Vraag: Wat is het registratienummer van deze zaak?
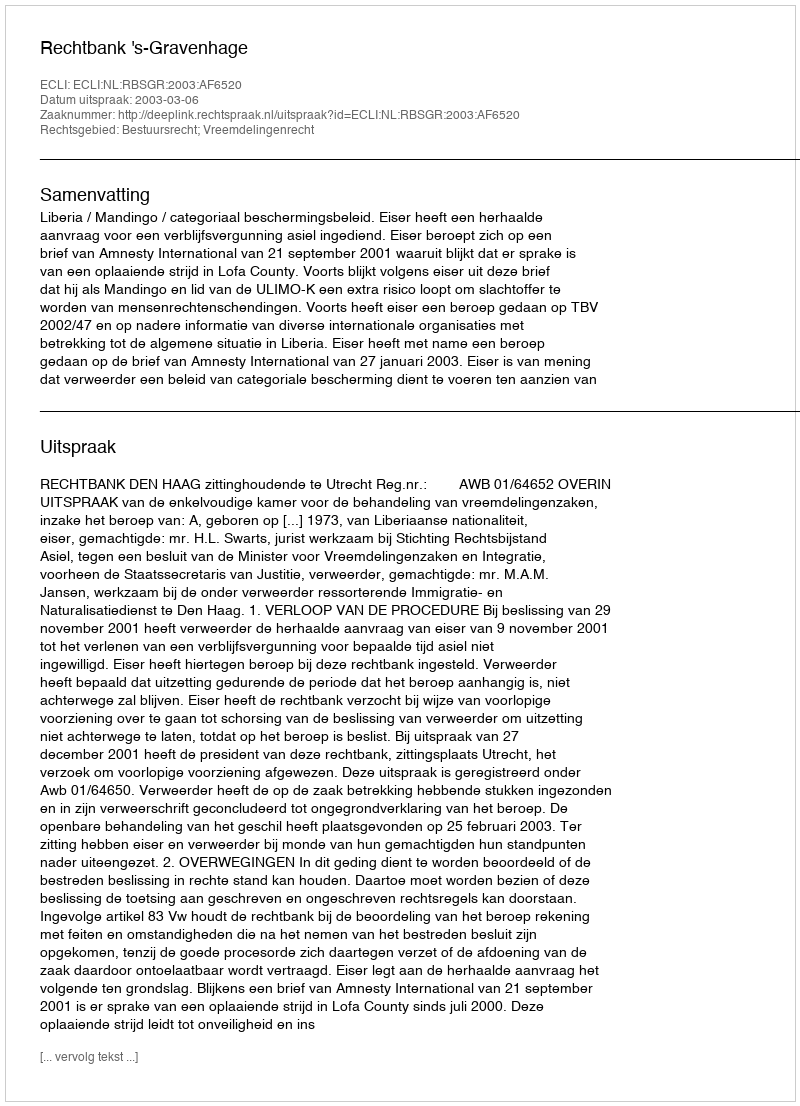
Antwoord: http://deeplink.rechtspraak.nl/uitspraak?id=ECLI:NL:RBSGR:2003:AF6520